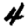
Digit: 4